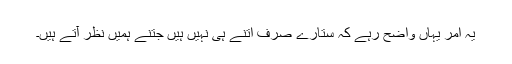
یہ امر یہاں واضح رہے کہ ستارے صرف اتنے ہی نہیں ہیں جتنے ہمیں نظر آتے ہیں۔